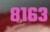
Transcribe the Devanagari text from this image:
८१६३